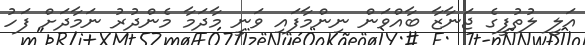
އަލީ ލުތުފީގެ ޖަނާޒާ ބާއްވަން ނިންމާފައި ވަނީ މާދަމާ މެންދުރު ނަމާދަށް ފަހު